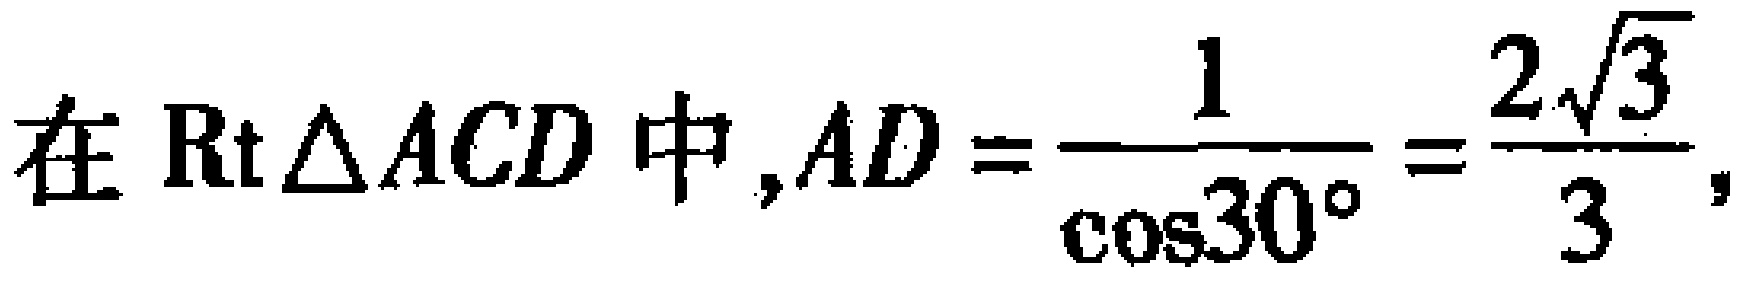
在$\text{Rt}\triangle ACD$中,$AD = \frac{1}{\cos30^{\circ}} = \frac{2\sqrt{3}}{3}$,